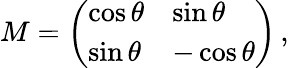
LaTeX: M=\left(\begin{array}{ll}{\cos\theta}&{\sin\theta}\\ {\sin\theta}&{-\cos\theta}\end{array}\right)\, ,